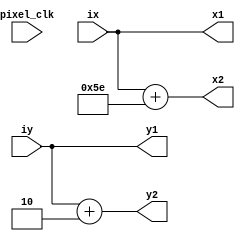
`timescale 1ns / 1ps
//////////////////////////////////////////////////////////////////////////////////
// Company: 
// Engineer: 
// 
// Design Name: 
// Module Name: hline
// Project Name: 
// Target Devices: 
// Tool Versions: 
// Description: 
// 
// Dependencies: 
// 
// Revision:
// Revision 0.01 - File Created
// Additional Comments:
// 
//////////////////////////////////////////////////////////////////////////////////


module hline(pixel_clk, ix,iy,x1,y1,x2,y2);
      parameter length = 94;
    parameter width = 2;
    
    input pixel_clk;
    
    input wire [10:0] ix;
    input wire [10:0] iy;

    output reg [10:0] x1;
    output reg [10:0] y1;
    output reg [10:0] x2;
    output reg [10:0] y2;
    
    always @(*) begin
        x1 = ix;
        y1 = iy;
        
        x2 = ix + length;
        y2 = iy + width;
    end
    
    
    
endmodule